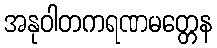
အနုဝါတကရဏမတ္တေန